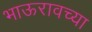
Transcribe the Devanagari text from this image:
भाऊरावच्या